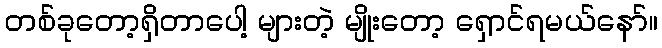
တစ်ခုတော့ရှိတာပေါ့ များတဲ့ မျိုးတော့ ရှောင်ရမယ်နော်။